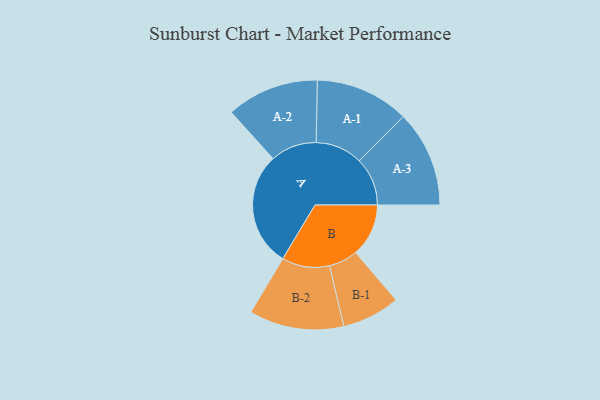
{"axis": {"x": "Segment", "y": "Value"}, "legend": ["", "A", "B"], "data": [{"x": "A", "y": 458, "type": ""}, {"x": "B", "y": 212, "type": ""}, {"x": "A-1", "y": 188, "type": "A"}, {"x": "A-2", "y": 185, "type": "A"}, {"x": "A-3", "y": 193, "type": "A"}, {"x": "B-1", "y": 116, "type": "B"}, {"x": "B-2", "y": 190, "type": "B"}]}